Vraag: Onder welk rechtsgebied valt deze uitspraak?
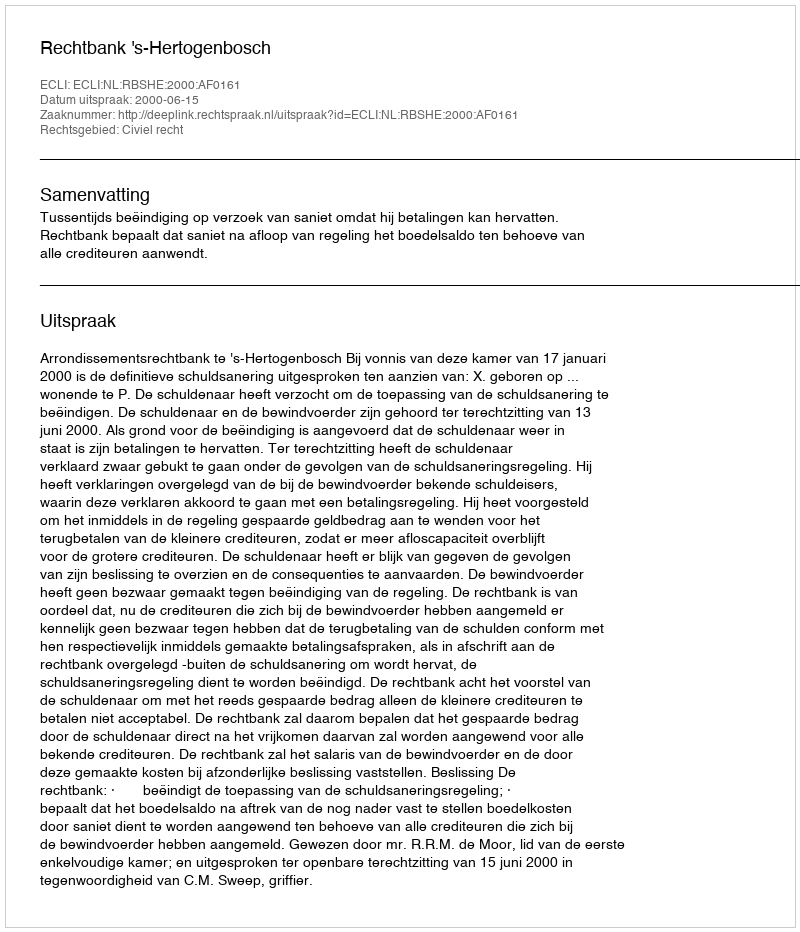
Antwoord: Civiel recht